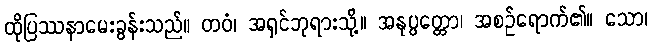
ထိုပြဿနာမေးခွန်းသည်။ တဝံ၊ အရှင်ဘုရားသို့။ အနုပ္ပတ္တော၊ အစဉ်ရောက်၏။ သော၊